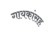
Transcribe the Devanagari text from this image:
गायकांसह